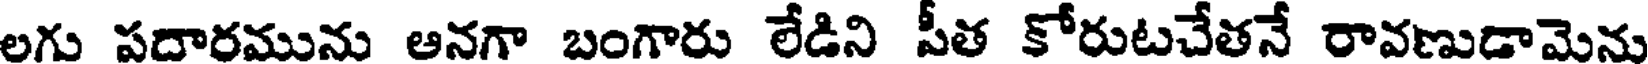
లగు పదారమును ఆనగా బంగారు లేడిని పీత కోరుటచేతనే రావణుడామెను